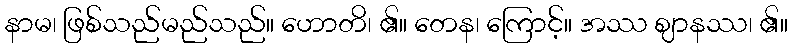
နာမ၊ ဖြစ်သည်မည်သည်။ ဟောတိ၊ ၏။ တေန၊ ကြောင့်။ အဿ ဈာနဿ၊ ၏။